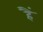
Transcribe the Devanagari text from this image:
हैं